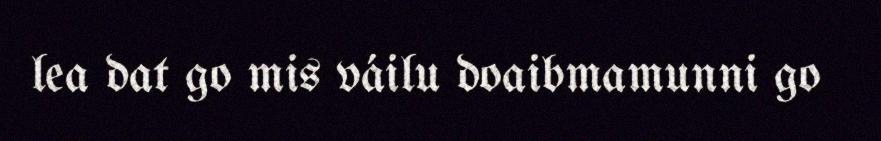
lea dat go mis váilu doaibmamunni go